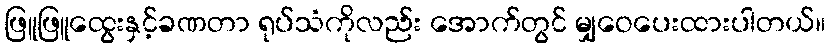
ဖြူဖြူထွေးနှင့်ခဏတာ ရုပ်သံကိုလည်း အောက်တွင် မျှဝေပေးထားပါတယ်။